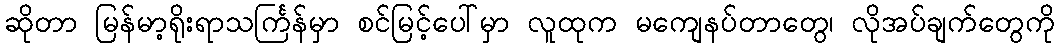
ဆိုတာ မြန်မာ့ရိုးရာသင်္ကြန်မှာ စင်မြင့်ပေါ်မှာ လူထုက မကျေနပ်တာတွေ၊ လိုအပ်ချက်တွေကို